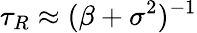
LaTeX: \tau_{R}\approx(\beta+\sigma^{2})^{-1}